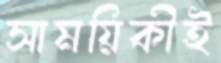
সাময়িকীই